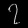
Digit: ၇